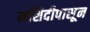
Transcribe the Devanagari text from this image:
मशिदीपासून